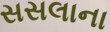
સસલાના